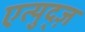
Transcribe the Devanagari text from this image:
एत्युद्ज़